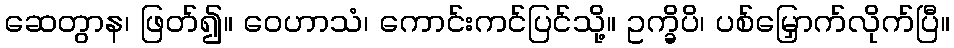
ဆေတွာန၊ ဖြတ်၍။ ဝေဟာသံ၊ ကောင်းကင်ပြင်သို့။ ဥက္ခိပိ၊ ပစ်မြှောက်လိုက်ပြီ။